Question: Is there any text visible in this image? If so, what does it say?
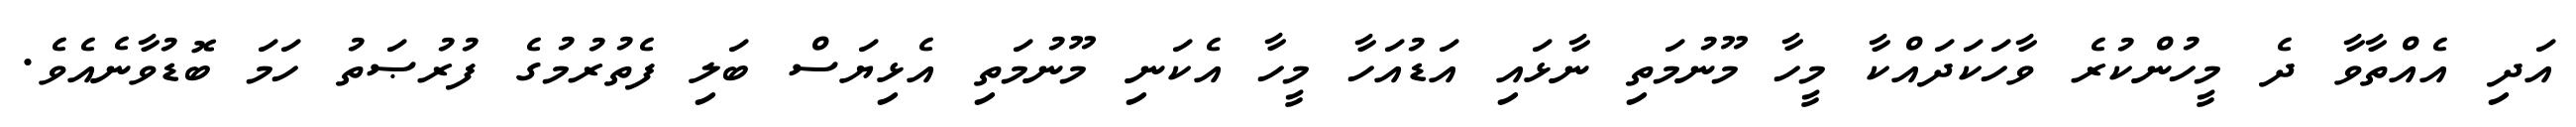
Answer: އަދި އެއްތާވާ ދެ މީހުންކުރެ ވާހަކަދައްކާ މީހާ މޫނުމަތި ނާޅައި އަޑުއަހާ މީހާ އެކަނި މޫނުމަތި އެޅިޔަސް ބަލި ފެތުރުމުގެ ފުރުޞަތު ހަމަ ބޮޑުވާނެއެވެ.